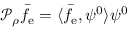
\mathcal { P } _ { \rho } \bar { f } _ { \mathrm { e } } = \langle \bar { f } _ { \mathrm { e } } , \psi ^ { 0 } \rangle \psi ^ { 0 }